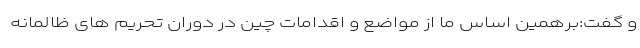
و گفت:برهمین اساس ما از مواضع و اقدامات چین در دوران تحریم های ظالمانه